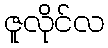
ဇူလိုင်လ